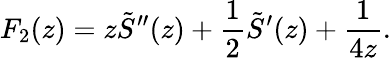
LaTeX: F_{2}(z)=z\tilde{S}^{\prime\prime}(z)+\frac 12\tilde{S}^{\prime}(z)+\frac{1}{4z}.